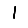
Digit: 1